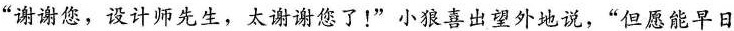
”谢谢您，设计师先生，太谢谢您了！”小狼喜出望外地说，”但愿能早日